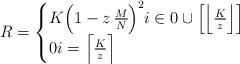
LaTeX: \begin{align*}R = \begin{cases}K \Big{(1-z\;\frac{M}{N}\Big)}^2 i \in {0 \cup \Big[\Bigl\lfloor \frac{K}{z} \Bigr\rfloor\Big]} \\ 0 i = \Bigl \lceil \frac{K}{z} \Bigr \rceil\end{cases}\end{align*}